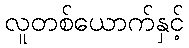
လူတစ်ယောက်နှင့်